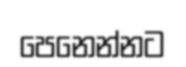
පෙනෙන්නට